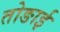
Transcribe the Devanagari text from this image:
तोङाई